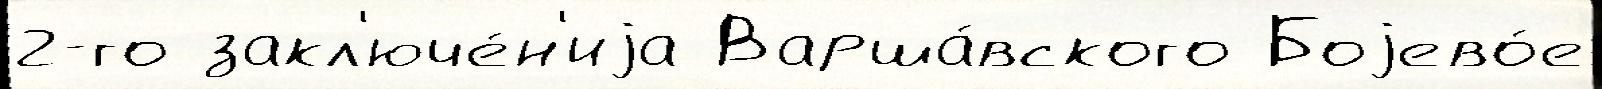
2-го закл'юче́н'иjа Варша́вского Боjево́е